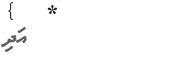
އަދި